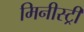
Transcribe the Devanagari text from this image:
मिनीस्‍ट्री